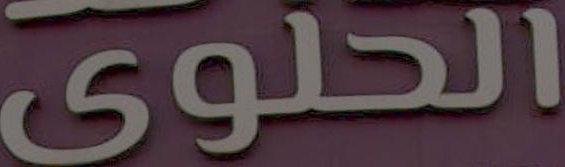
الحلوى